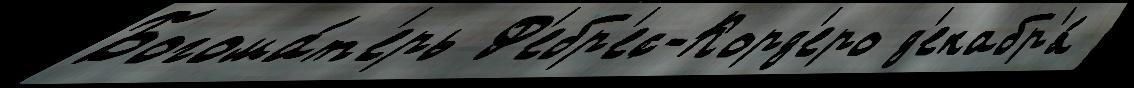
Богома́т'ерь Ф'ебр'ес-Корд'еро д'екабр'я́